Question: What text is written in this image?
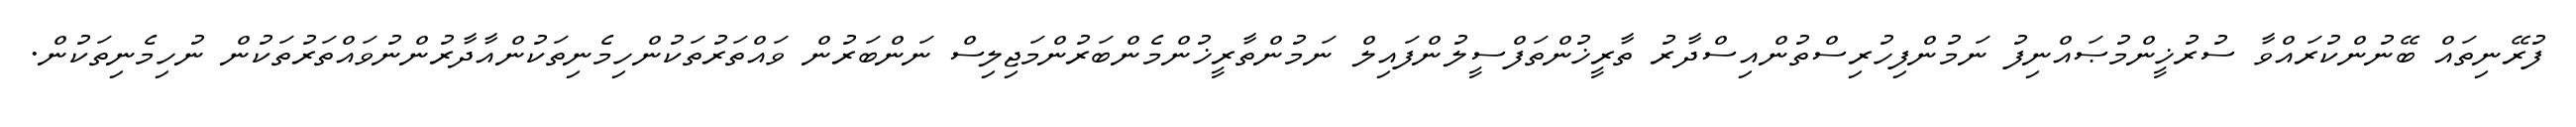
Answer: ފުރޭނިތައް ބޭނުންކުރައްވާ ސުރުޚީންމުޞައްނިފު ނަމުންފިހުރިސްތުންއިސްދާރު ތާރީޚުންތަފްސީލުންފައިލް ނަމުންތާރީޚުންމެންބަރުންމަޖިލިސް ނަންބަރުން ވައްތަރުތަކުންހިމެނިތަކުންއާދާރުންނުވައްތަރުތަކުން ނުހިމެނިތަކުން.